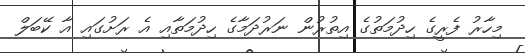
މިހާރު ފެރީގެ ހިދުމަތުގެ އިތުރުން ނަރުދަމާގެ ހިދުމަތާއި އެ ރަށުގައި އާ ކޭބަލް